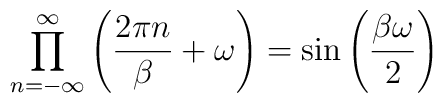
\prod_{n=-\infty}^\infty\left( \frac{2\pi n}{\beta}+\omega\right)=\sin\left( \frac{\beta\omega}{2}\right)